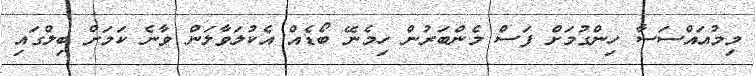
މިމުއައްސަސާ ހިންގުމަށް ފަސް މެންބަރުން ހިމެނޭ ބޯޑެއް އެކުލަވާލަން ވާނެ ކަމަށް ބިލްގައި